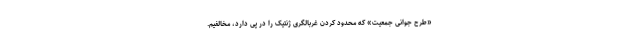
«طرح جوانی جمعیت» که محدود کردن غربالگری ژنتیک را در پی دارد، مخالفیم.